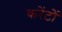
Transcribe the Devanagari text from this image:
करेंटों